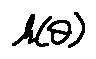
h ( \theta )